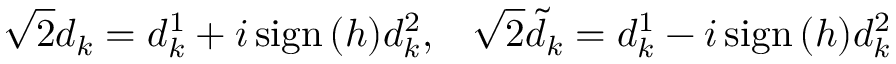
\sqrt { 2 } d _ { k } = d _ { k } ^ { 1 } + i \, \mathrm { s i g n } \, ( h ) d _ { k } ^ { 2 } , \; \; \; \sqrt { 2 } \tilde { d } _ { k } = d _ { k } ^ { 1 } - i \, \mathrm { s i g n } \, ( h ) d _ { k } ^ { 2 }